Indian journal of veterinary science and animal husbandry - Volume 7,
Year: 1937
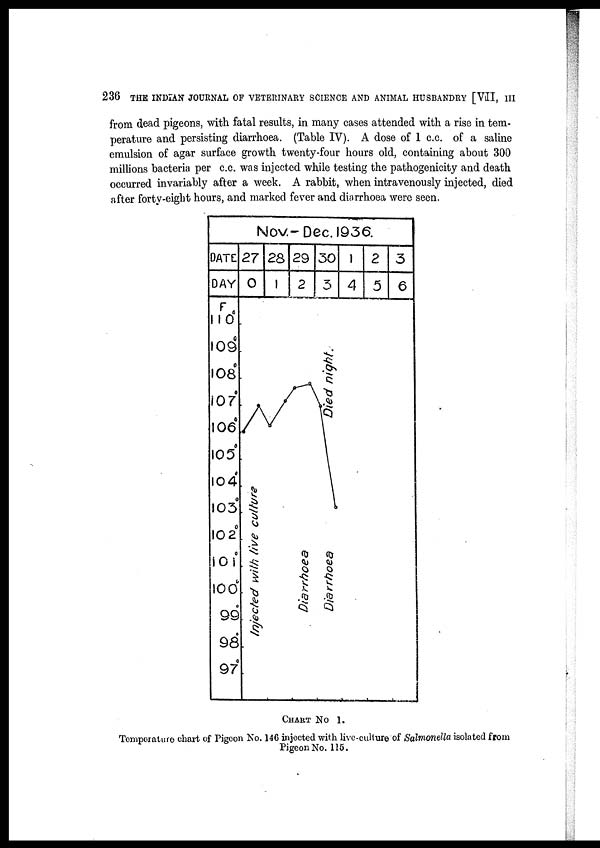
236 THE INDIAN JOURNAL OF VETERINARY SCIENCE AND ANIMAL HUSBANDRY [VII, III
from dead pigeons, with fatal results, in many cases attended with a rise in tem-
perature and persisting diarrhoea. (Table IV). A dose of 1 c.c. of a saline
emulsion of agar surface growth twenty-four hours old, containing about 300
millions bacteria per c.c. was injected while testing the pathogenicity and death
occurred invariably after a week. A rabbit, when intravenously injected, died
after forty-eight hours, and marked fever and diarrhoea were seen.
CHART NO 1.
Temperature chart of Pigeon No. 146 injected with live-culture of Salmonella isolated from
Pigeon No. 115.